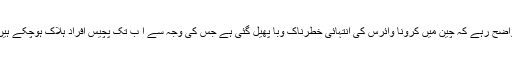
واضح رہے کہ چین میں کرونا وائرس کی انتہائی خطرناک وبا پھیل گئی ہے جس کی وجہ سے ا ب تک پچیس افراد ہلاک ہوچکے ہیں۔